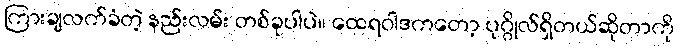
ကြားချလက်ခံတဲ့ နည်းလမ်း တစ်ခုပါပဲ။ ထေရဝါဒကတော့ ပုဂ္ဂိုလ်ရှိတယ်ဆိုတာကို